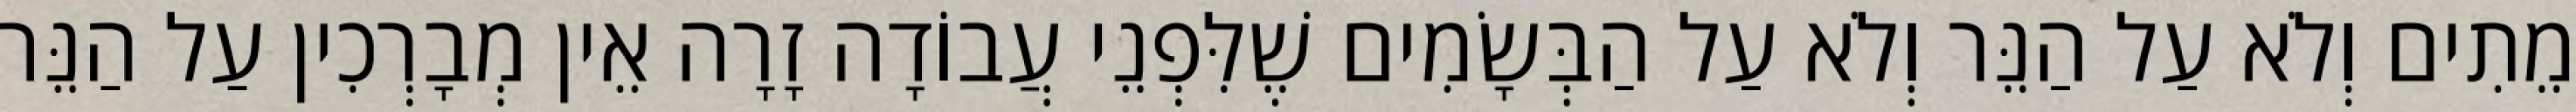
מֵתִים וְלֹא עַל הַנֵּר וְלֹא עַל הַבְּשָׂמִים שֶׁלִּפְנֵי עֲבוֹדָה זָרָה אֵין מְבָרְכִין עַל הַנֵּר